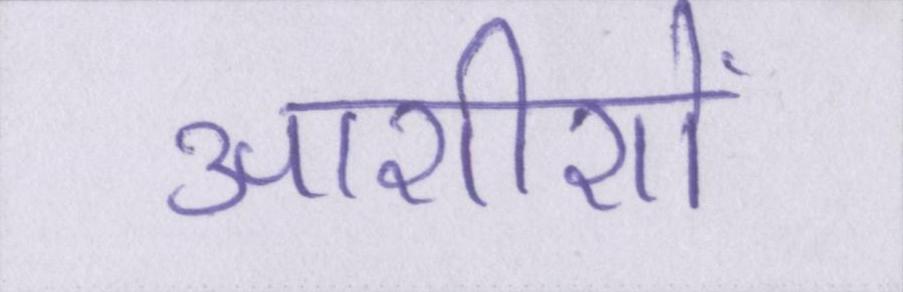
आशीशों